Vaccination in Bombay 1924-1928 - 1924-1928
Year: 1924
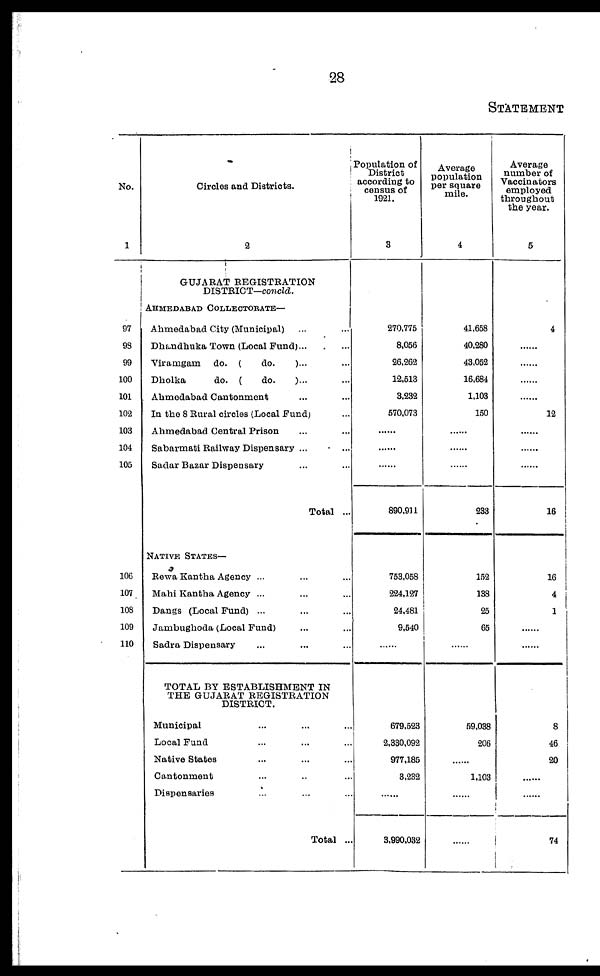
28
STATEMENT
No.
1
97
98
99
100
101
102
103
104
105
106
107
108
109
110
Circles and Districts.
2
GUJARAT REGISTRATION
DISTRICT—concld.
AHMEDABAD COLLECTORATE—
Ahmedabad City (Municipal) ... ...
Dhandhuka Town (Local Fund)... ...
Viramgam do. (
do.
)... ...
Dholka
do. (
do.
)... ...
Ahmedabad Cantonment ... ...
In the 8 Rural circles (Local Fund) ...
Ahmedabad Central Prison ... ...
Sabarmati Railway Dispensary ... ...
Sadar Bazar Dispensary ... ...
Total ...
NATIVE STATES—
Rewa Kantha Agency ... ... ...
Mahi Kantha Agency ... ... ...
Dangs (Local Fund) ... ... ...
Jambughoda (Local Fund) ... ...
Sadra Dispensary ... ... ...
TOTAL BY ESTABLISHMENT IN
THE GUJARAT REGISTRATION
DISTRICT.
Municipal ... ... ...
Local Fund ... ... ...
Native States ... ... ...
Cantonment ... ... ...
Dispensaries ... ... ...
Total ...
Population of
District
according to
census of
1921.
3
270,775
8,056
26,262
12,513
3,232
570,073
......
......
......
890,911
753,058
224,127
24,481
9,540
......
679,523
2,330,092
977,185
3,232
......
3,990,032
Average
population
per square
mile.
4
41,658
40,280
43,052
16,684
1,103
150
......
......
......
233
152
138
25
65
......
59,038
206
......
1,103
......
......
Average
number of
Vaccinators
employed
throughout
the year.
5
4
......
......
......
......
12
......
......
......
16
16
4
1
......
......
8
46
20
......
......
74